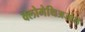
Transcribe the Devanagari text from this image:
क्लोमेथिअजोले